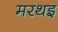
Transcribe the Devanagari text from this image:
मरथइ